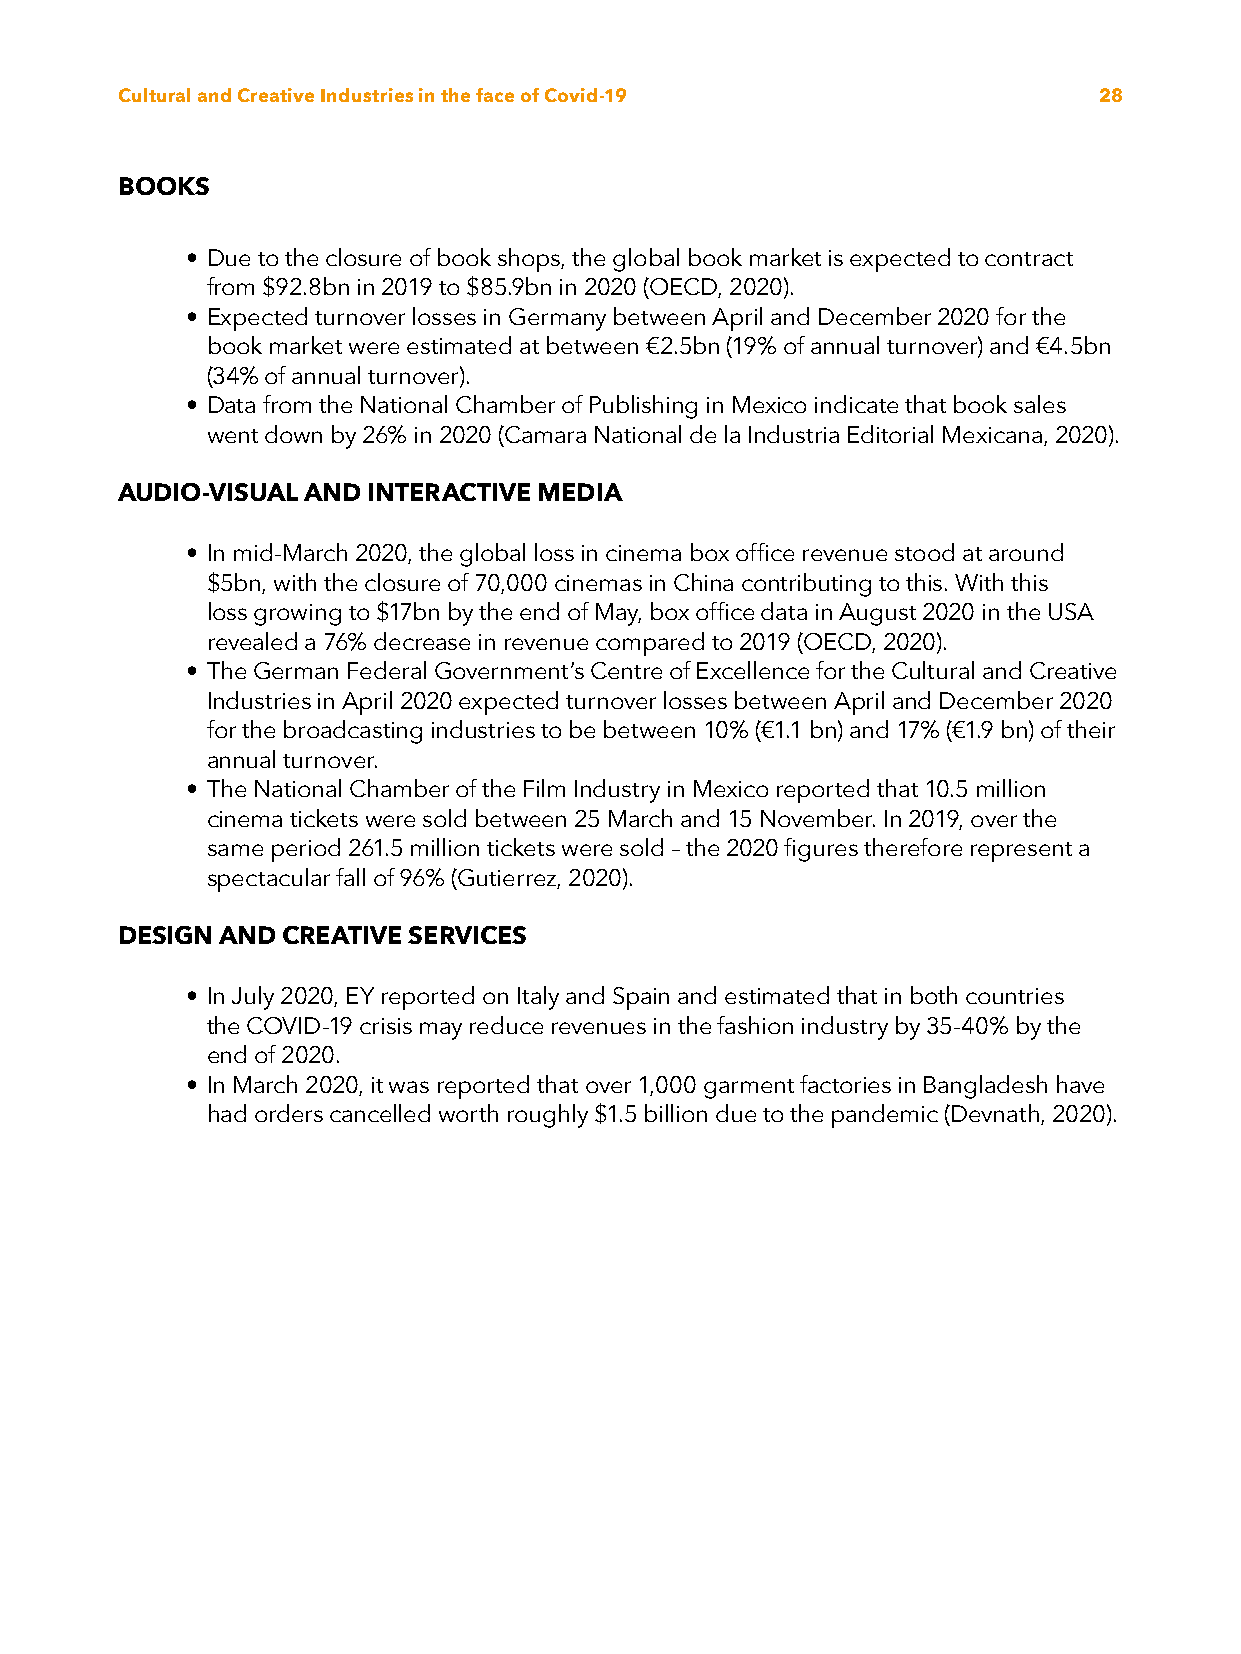
Cultural and Creative Industries in the face of Covid-19         28
 BOOKS
 • Due to the closure of book shops, the global book market is expected to contract
 from $92.8bn in 2019 to $85.9bn in 2020 (OECD, 2020).
 • Expected turnover losses in Germany between April and December 2020 for the
 book market were estimated at between €2.5bn (19% of annual turnover) and €4.5bn
 (34% of annual turnover).
 • Data from the National Chamber of Publishing in Mexico indicate that book sales
 went down by 26% in 2020 (Camara National de la Industria Editorial Mexicana, 2020).
 AUDIO-VISUAL AND INTERACTIVE MEDIA
 • In mid-March 2020, the global loss in cinema box office revenue stood at around
 $5bn, with the closure of 70,000 cinemas in China contributing to this. With this
 loss growing to $17bn by the end of May, box office data in August 2020 in the USA
 revealed a 76% decrease in revenue compared to 2019 (OECD, 2020).
 • The German Federal Government’s Centre of Excellence for the Cultural and Creative
 Industries in April 2020 expected turnover losses between April and December 2020
 for the broadcasting industries to be between 10% (€1.1 bn) and 17% (€1.9 bn) of their
 annual turnover.
 • The National Chamber of the Film Industry in Mexico reported that 10.5 million
 cinema tickets were sold between 25 March and 15 November. In 2019, over the
 same period 261.5 million tickets were sold – the 2020 figures therefore represent a
 spectacular fall of 96% (Gutierrez, 2020).
 DESIGN AND CREATIVE SERVICES
 • In July 2020, EY reported on Italy and Spain and estimated that in both countries
 the COVID-19 crisis may reduce revenues in the fashion industry by 35-40% by the
 end of 2020.
 • In March 2020, it was reported that over 1,000 garment factories in Bangladesh have
 had orders cancelled worth roughly $1.5 billion due to the pandemic (Devnath, 2020).